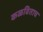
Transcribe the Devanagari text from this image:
कळविताच